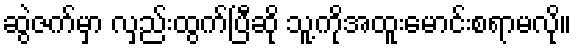
ဆွဲဇက်မှာ လှည်းထွက်ပြီဆို သူ့ကိုအထူးမောင်းစရာမလို။